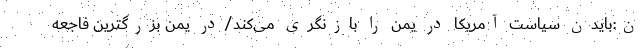
ن:بایدن سیاست آمریکا در یمن را بازنگری می‌کند/در یمن بزرگترین فاجعه